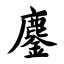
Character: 鏖